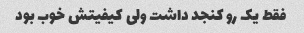
فقط یک رو کنجد داشت ولی کیفیتش خوب بود